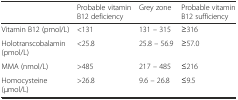
|  | Probable vitamin B12 deficiency | Grey zone | Probable vitamin B12 sufficiency |
 | --- | --- | --- | --- |
 | Vitamin B12 (pmol/L) | <131 | 131 – 315 | ≥316 |
 | Holotranscobalamin (pmol/L) | <25.8 | 25.8 – 56.9 | ≥57.0 |
 | MMA (nmol/L) | >485 | 217 – 485 | ≤216 |
 | Homocysteine (μmol/L) | >26.8 | 9.6 – 26.8 | ≤9.5 |